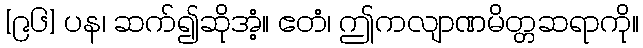
[၉၆] ပန၊ ဆက်၍ဆိုအံ့။ ဧတံ၊ ဤကလျာဏမိတ္တဆရာကို။